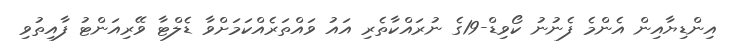
އިންޑިޔާއިން އެންމެ ފެނުނު ކޯވިޑް-19ގެ ނުރައްކާތެރި އައު ވައްތަރެއްކަމަށްވާ ޑެލްޓާ ވޭރިއަންޓު ފާއިތުވި